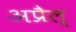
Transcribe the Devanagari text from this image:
अप्रैल्